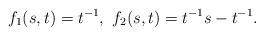
LaTeX: \begin{align*}f_1(s,t)=t^{-1},~f_2(s,t)=t^{-1}s-t^{-1}.\end{align*}